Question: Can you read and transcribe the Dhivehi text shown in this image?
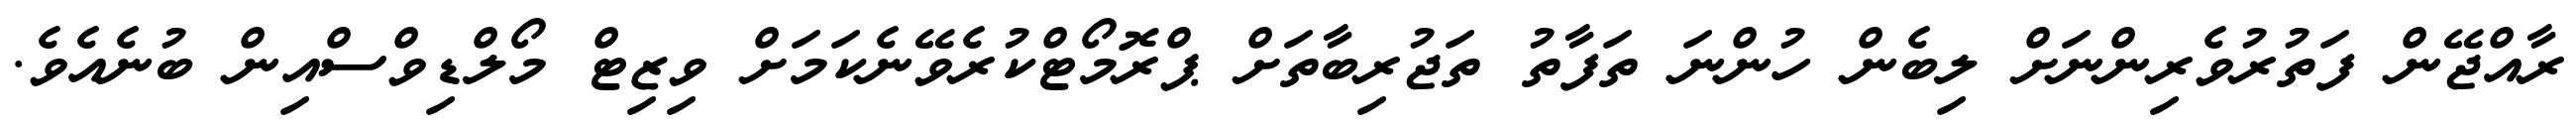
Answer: ރާއްޖޭން ފަތުރުވެރިންނަށް ލިބެން ހުންނަ ތަފާތު ތަޖުރިބާތަށް ޕްރޮމޯޓްކުރެވޭނެކަމަށް ވިޒިޓް މޯލްޑިވްސްއިން ބުނެއެވެ.